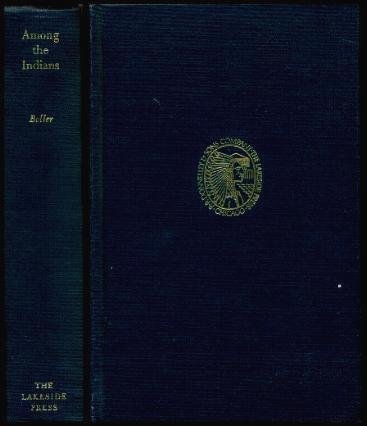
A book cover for Among the Indians;: Eight years in the Far West, 1858-1866 (The Lakeside classics); Henry A Boller; Travel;